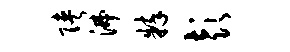
陕沸粹彭